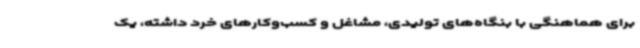
برای هماهنگی با بنگاه‌های تولیدی، مشاغل و کسب‌وکارهای خرد داشته، یک